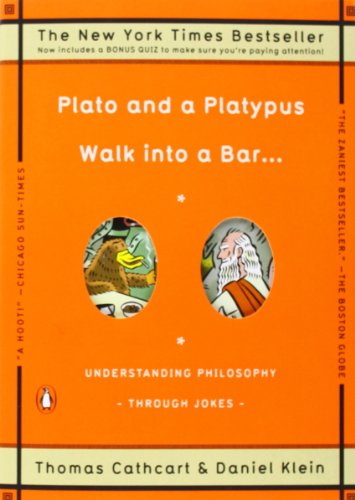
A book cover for Plato and a Platypus Walk into a Bar . . .: Understanding Philosophy Through Jokes; Thomas Cathcart; Humor & Entertainment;